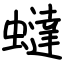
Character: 蟽